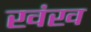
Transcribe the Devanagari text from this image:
खंख